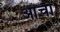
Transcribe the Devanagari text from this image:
आंचा